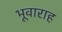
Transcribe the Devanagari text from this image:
भूवाराह